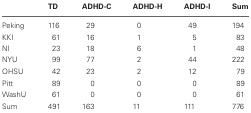
<table><thead><tr><td></td><td><b>TD</b></td><td><b>ADHD-C</b></td><td><b>ADHD-H</b></td><td><b>ADHD-I</b></td><td><b>Sum</b></td></tr></thead><tbody><tr><td>Peking</td><td>116</td><td>29</td><td>0</td><td>49</td><td>194</td></tr><tr><td>KKI</td><td>61</td><td>16</td><td>1</td><td>5</td><td>83</td></tr><tr><td>NI</td><td>23</td><td>18</td><td>6</td><td>1</td><td>48</td></tr><tr><td>NYU</td><td>99</td><td>77</td><td>2</td><td>44</td><td>222</td></tr><tr><td>OHSU</td><td>42</td><td>23</td><td>2</td><td>12</td><td>79</td></tr><tr><td>Pitt</td><td>89</td><td>0</td><td>0</td><td>0</td><td>89</td></tr><tr><td>WashU</td><td>61</td><td>0</td><td>0</td><td>0</td><td>61</td></tr><tr><td>Sum</td><td>491</td><td>163</td><td>11</td><td>111</td><td>776</td></tr></tbody></table>